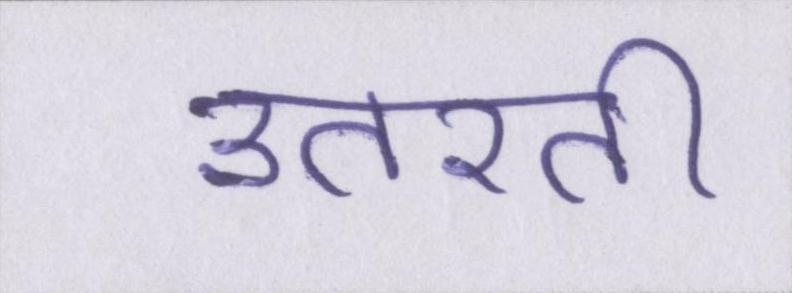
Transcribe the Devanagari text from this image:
उतरती